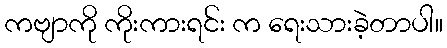
ကဗျာကို ကိုးကားရင်း က ရေးသားခဲ့တာပါ။